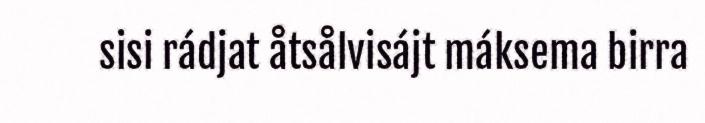
sisi rádjat åtsålvisájt máksema birra